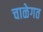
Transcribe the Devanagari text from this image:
चाळेगत